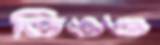
ডিঙও